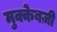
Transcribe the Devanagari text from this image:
मुक्केबज़ी